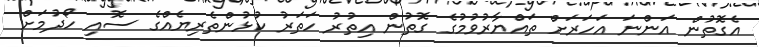
އެގޮތުން އަންނަ އަހަރަށް ތައްޔާރުވުމުގެ ގޮތުން އިތުރު ހަތަރު ކުޅުންތެރިޔެއްގެ ސޮއި ހޯދުމަށް